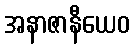
အနာဇာနီယေဝ